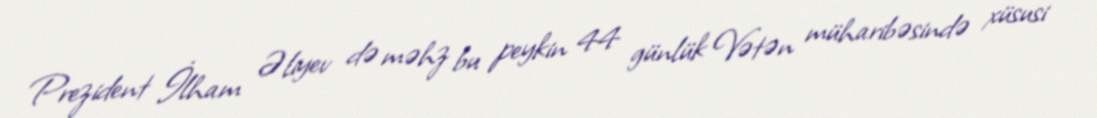
Prezident İlham Əliyev də məhz bu peykin 44 günlük Vətən müharibəsində xüsusi